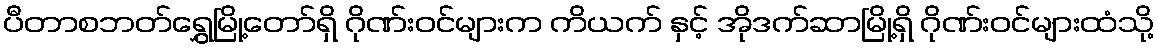
ပီတာစဘတ်ရွှေမြို့တော်ရှိ ဂိုဏ်းဝင်များက ကိယက် နှင့် အိုဒက်ဆာမြို့ရှိ ဂိုဏ်းဝင်များထံသို့